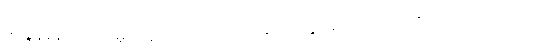
အခွန်စည်းကြပ်မှုတွေ ထပ်တိုးလုပ်ဆောင်သွားမယ်လို့ သတိပေးထားပါတယ်။